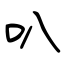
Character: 叭